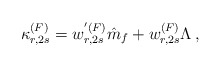
\begin{align*}\kappa^{(F)}_{r,2s} = w^{'(F)}_{r,2s} \hat{m}_{f} + w^{(F)}_{r,2s}\Lambda \, ,\end{align*}